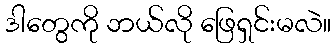
ဒါတွေကို ဘယ်လို ဖြေရှင်းမလဲ။